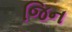
જિન